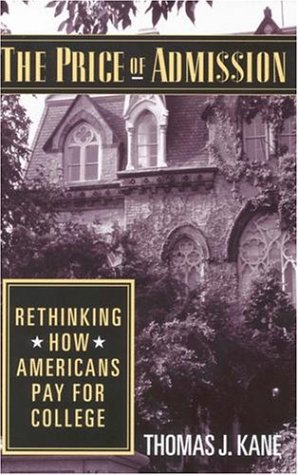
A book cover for The Price of Admission: Rethinking How Americans Pay for College; Thomas J. Kane; Business & Money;